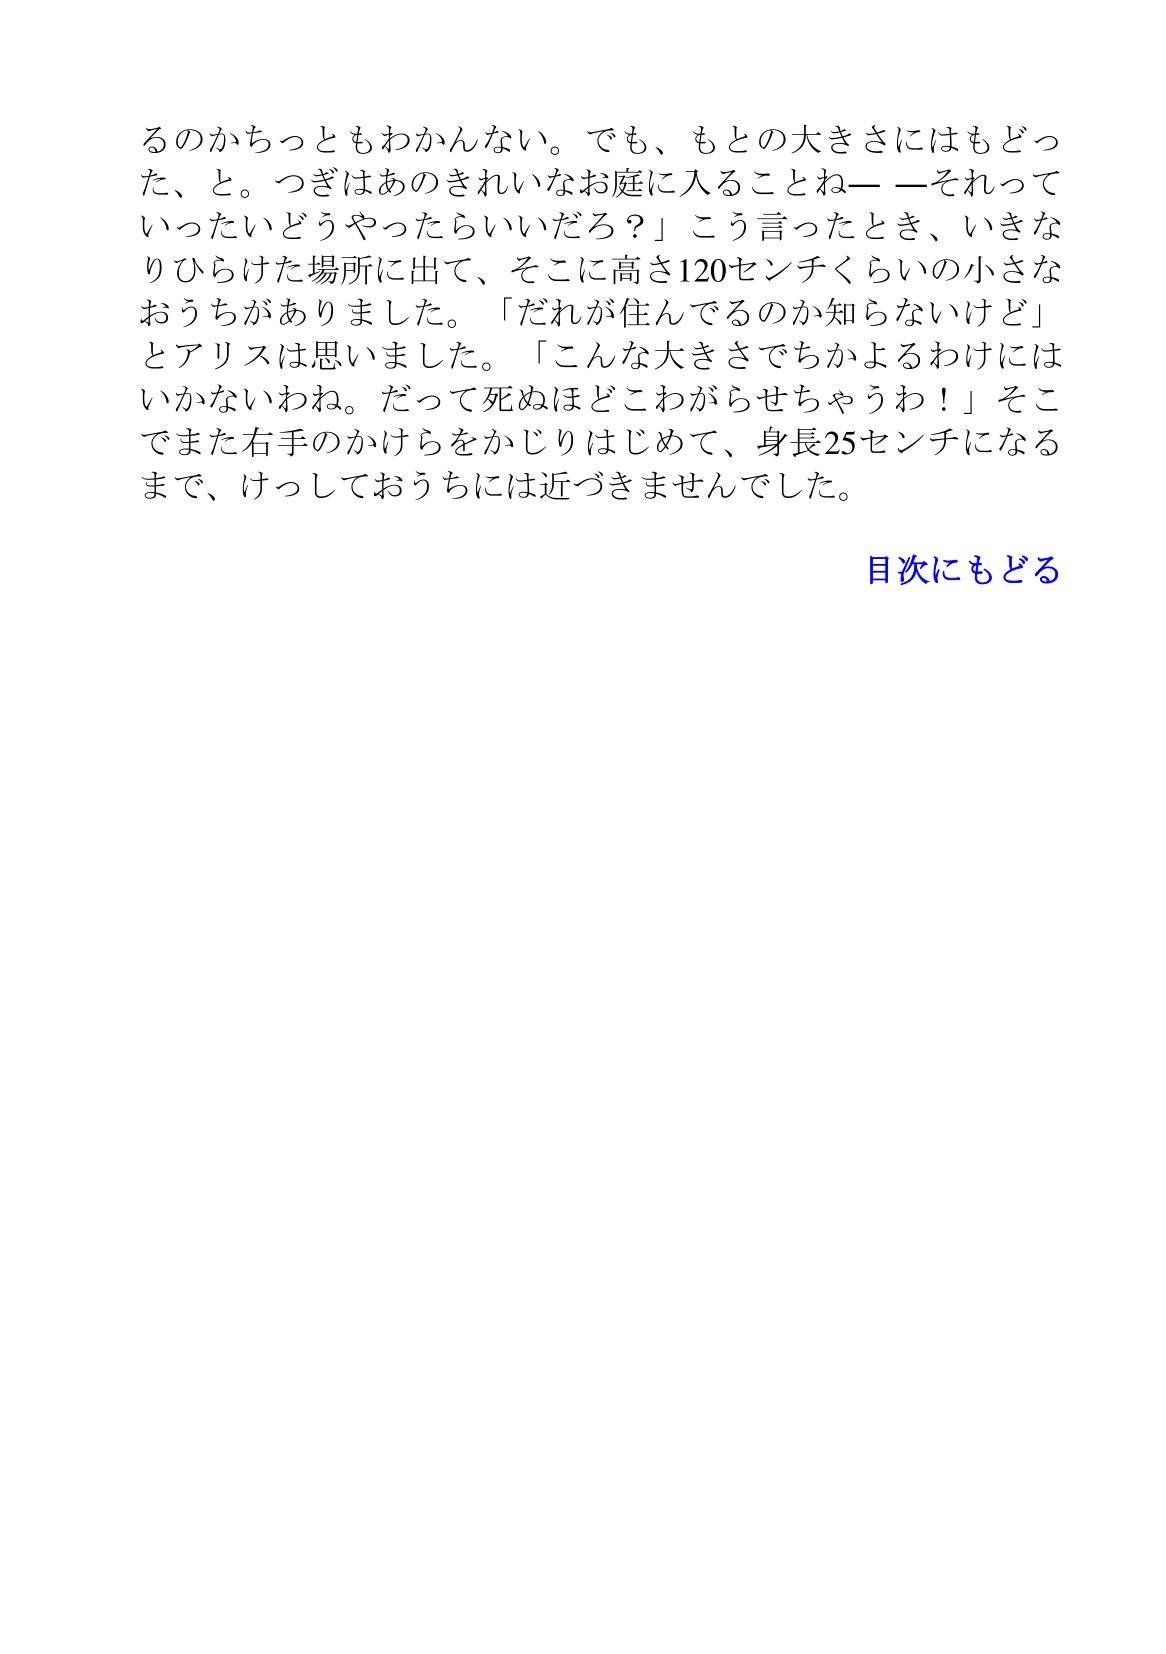
Language: ja